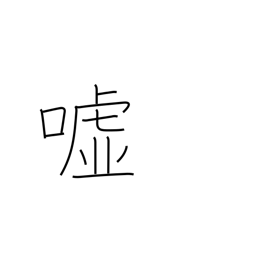
Meaning: falsehood